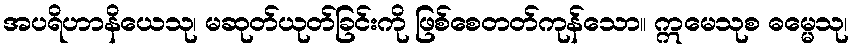
အပရိဟာနိယေသု၊ မဆုတ်ယုတ်ခြင်းကို ဖြစ်စေတတ်ကုန်သော။ ဣမေသုစ ဓမ္မေသု၊